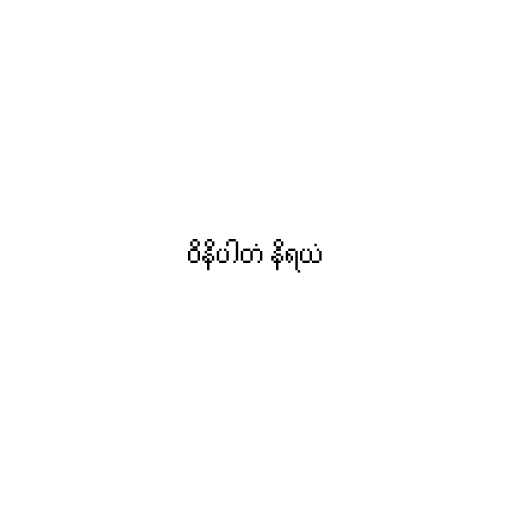
ဝိနိပါတံ နိရယံ